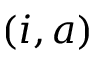
( i , a )